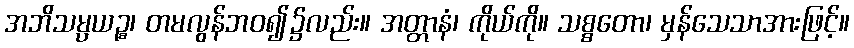
အဘိသမ္ပယဉ္စ၊ တမလွန်ဘဝ၍၌လည်း။ အတ္တာနံ၊ ကိုယ်ကို။ သစ္စတော၊ မှန်သေသာအားဖြင့်။